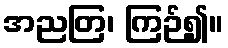
အညတြ၊ ကြဉ်၍။